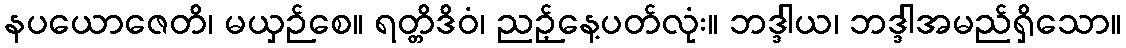
နပယောဇေတိ၊ မယှဉ်စေ။ ရတ္တိဒိဝံ၊ ညဉ့်နေ့ပတ်လုံး။ ဘဒ္ဒါယ၊ ဘဒ္ဒါအမည်ရှိသော။